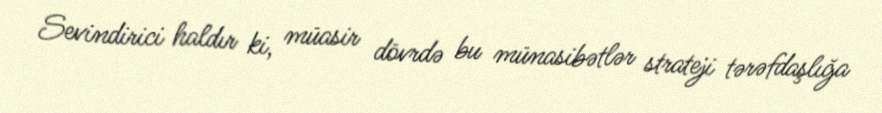
Sevindirici haldır ki, müasir dövrdə bu münasibətlər strateji tərəfdaşlığa